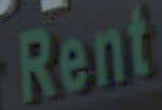
Rent